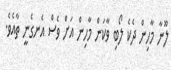
ލޫނާ މާހިން ދެކެ ލޯބި ވާކަން މާހިން އަށް ވެސް އެނގެނީ ތާއެވެ.